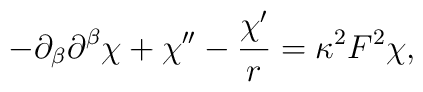
-\partial_\beta\partial^\beta\chi + \chi'' -\frac{\chi'}{r} = \kappa^2F^2\chi,